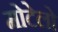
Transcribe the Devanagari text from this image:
मोटेलो